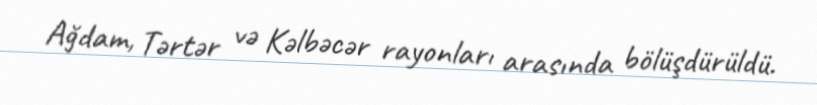
Ağdam, Tərtər və Kəlbəcər rayonları arasında bölüşdürüldü.